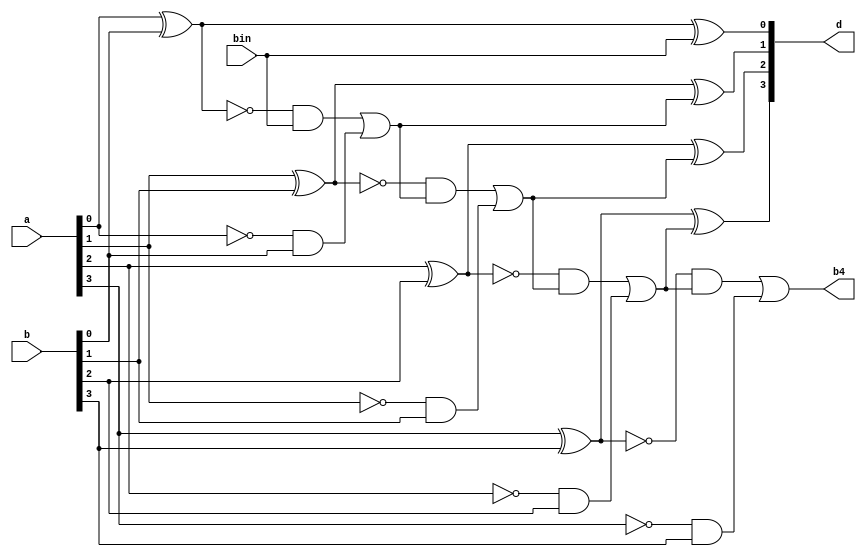
`timescale 1ns / 1ps

module subtractor4bit(//9input, 5output
input [3:0] a,b,
input bin,
output [3:0] d,
output b4
    );
    wire b1, b2, b3;
    assign d[0] = (a[0]^b[0])^bin,
    b1 = (~(a[0]^b[0])&bin) | (~a[0]&b[0]),
    d[1] = (a[1]^b[1])^b1,
    b2 = (~(a[1]^b[1])&b1) | (~a[1]&b[1]),
    d[2] = (a[2]^b[2])^b2,
    b3 = (~(a[2]^b[2])&b2) | (~a[2]&b[2]),
    d[3] = (a[3]^b[3])^b3,
    b4 = (~(a[3]^b[3])&b3) | (~a[3]&b[3]);
endmodule